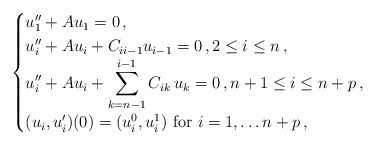
\begin{align*}\begin{cases}u_1^{\prime\prime} + A u_1 = 0 \,,\\u_i^{\prime\prime} + A u_i+ C_{i i-1}u_{i-1} = 0 \,, 2 \le i \le n \,, \\\displaystyle{u_{i}^{\prime\prime} + A u_{i}+ \sum_{k=n-1}^{i-1} C_{i k}\,u_k =0 \,, n+1 \le i \le n+p \,,}\\(u_i,u_i^{\prime})(0)=(u_i^0,u_i^1) \mbox{ for }i=1, \ldots n+p\,,\end{cases}\end{align*}